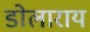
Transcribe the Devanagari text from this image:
डोलाराय